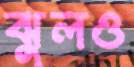
ঝুলও